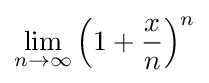
\lim _{n\to \infty }\left(1+{\frac {x}{n}}\right)^{n}